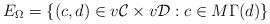
LaTeX: \begin{align*}E_\Omega=\{ (c,d)\in v\mathcal{C}\times v\mathcal{D} : c\in M\Gamma(d)\}\end{align*}